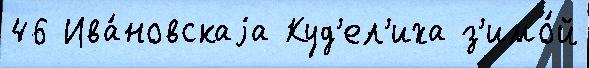
46 Ива́новскаjа Куд'ел'иха з'имо́й